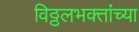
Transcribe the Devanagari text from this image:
विठ्ठलभक्तांच्या